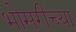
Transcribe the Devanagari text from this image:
भोसरीच्या